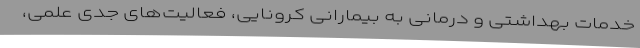
خدمات بهداشتی و درمانی به بیمارانی کرونایی، فعالیت‌های جدی علمی،